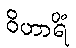
ဝိဟာရိံ